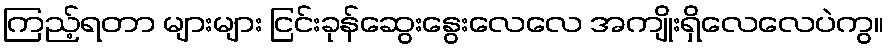
ကြည့်ရတာ များများ ငြင်းခုန်ဆွေးနွေးလေလေ အကျိုးရှိလေလေပဲကွ။